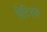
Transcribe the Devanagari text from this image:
ब्रिटिसके